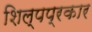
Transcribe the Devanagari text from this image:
शिल्पप्रकार